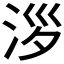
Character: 𣴖